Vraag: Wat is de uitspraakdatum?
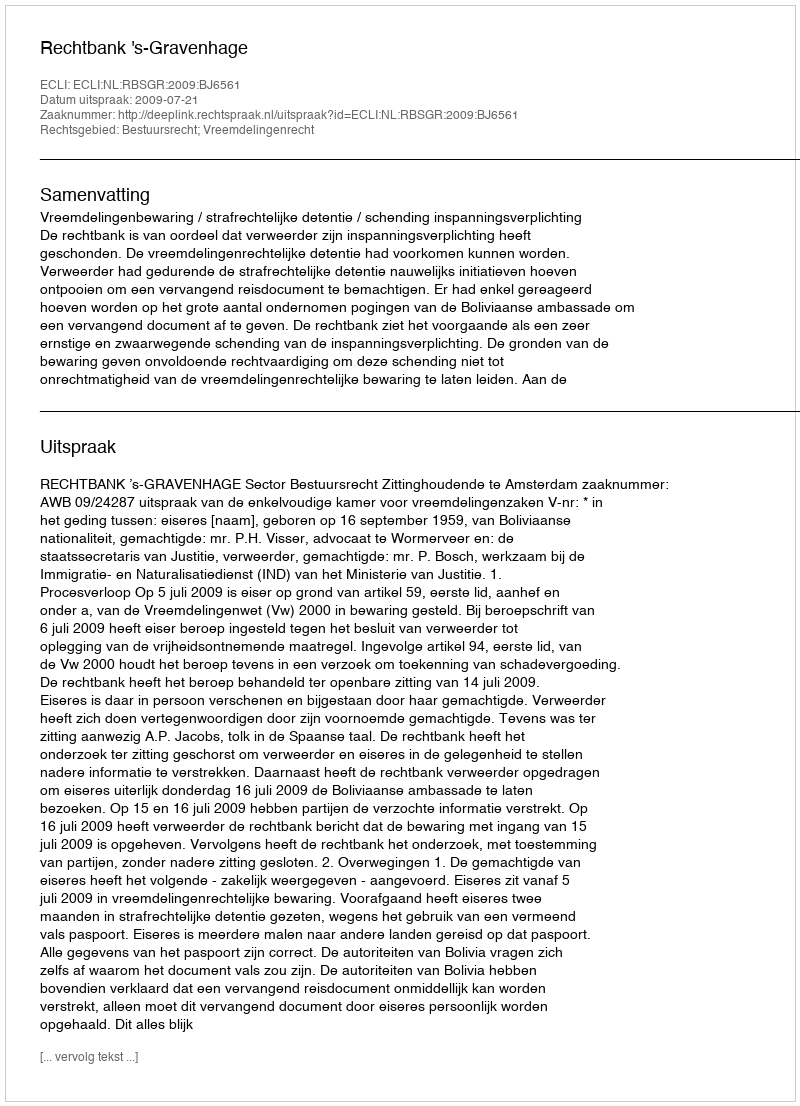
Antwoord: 2009-07-21